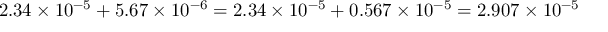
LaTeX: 2 . 3 4 \times 1 0 ^ { - 5 } + 5 . 6 7 \times 1 0 ^ { - 6 } = 2 . 3 4 \times 1 0 ^ { - 5 } + 0 . 5 6 7 \times 1 0 ^ { - 5 } = 2 . 9 0 7 \times 1 0 ^ { - 5 }